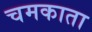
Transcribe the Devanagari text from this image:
चमकाता